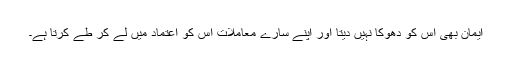
ایمان بھی اس کو دھوکا نہیں دیتا اور اپنے سارے معاملات اس کو اعتماد میں لے کر طے کرتا ہے۔